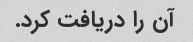
آن را دریافت کرد.